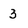
Character: 3